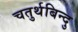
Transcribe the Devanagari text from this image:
चतुर्थबिन्दु